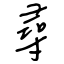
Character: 尋